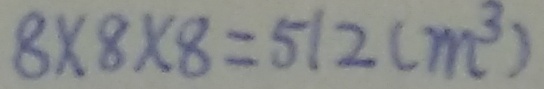
8 \times 8 \times 8 = 5 1 2 ( m ^ { 3 } )